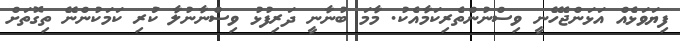
ފިޔަވަޅެއް އަޅަންޖެހޭނީ ވިސްނުންތެރިކަމާއެކު. މާމަ ބުނާނީ ދަރިފުޅު ވިސްނާނުލާ ކަުރި ކަމަކުންނޭ ތިގޮތަށް